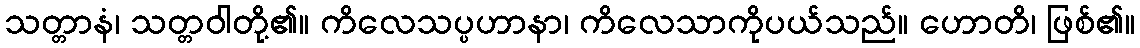
သတ္တာနံ၊ သတ္တဝါတို့၏။ ကိလေသပ္ပဟာနာ၊ ကိလေသာကိုပယ်သည်။ ဟောတိ၊ ဖြစ်၏။